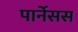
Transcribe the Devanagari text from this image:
पार्नेसस